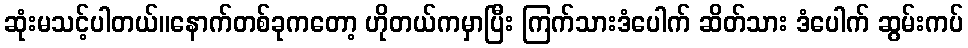
ဆုံးမသင့်ပါတယ်။နောက်တစ်ခုကတော့ ဟိုတယ်ကမှာပြီး ကြက်သားဒံပေါက် ဆိတ်သား ဒံပေါက် ဆွမ်းကပ်